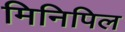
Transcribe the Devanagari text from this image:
मिनिपिल